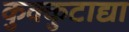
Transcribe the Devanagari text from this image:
कुक्कुटाद्या